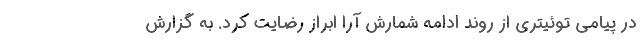
در پیامی توئیتری از روند ادامه شمارش آرا ابراز رضایت کرد. به گزارش